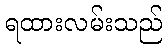
ရထားလမ်းသည်